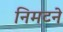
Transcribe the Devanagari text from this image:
निमटने